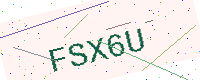
Text: FSX6U